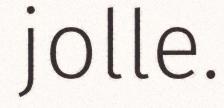
jolle.